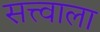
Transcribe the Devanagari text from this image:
सत्त्वाला